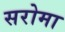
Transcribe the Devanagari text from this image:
सरोमा